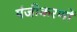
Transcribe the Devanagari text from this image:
पंजीकरणों